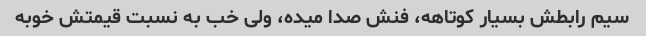
سیم رابطش بسیار کوتاهه، فنش صدا میده، ولی خب به نسبت قیمتش خوبه